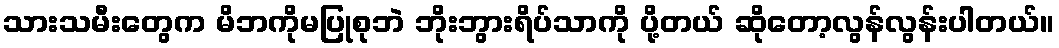
သားသမီးတွေက မိဘကိုမပြုစုဘဲ ဘိုးဘွားရိပ်သာကို ပို့တယ် ဆိုတော့လွန်လွန်းပါတယ်။